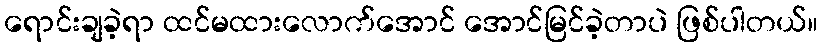
ရောင်းချခဲ့ရာ ထင်မထားလောက်အောင် အောင်မြင်ခဲ့တာပဲ ဖြစ်ပါတယ်။